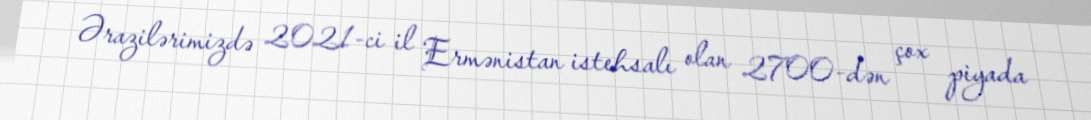
Ərazilərimizdə 2021-ci il Ermənistan istehsalı olan 2700-dən çox piyada